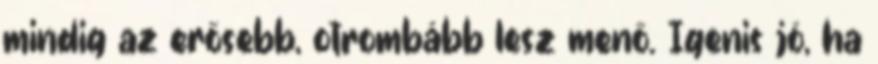
mindig az erősebb, otrombább lesz menő. Igenis jó, ha